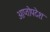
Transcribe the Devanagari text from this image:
आप्तोपदेशः